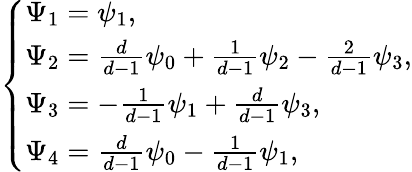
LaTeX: \left\{ \begin{array}{ll}{\Psi_{1}=\psi_{1},}\\ {\Psi_{2}=\frac{d}{d-1}\psi_{0}+\frac{1}{d-1}\psi_{2}-\frac{2}{d-1}\psi_{3},}\\ {\Psi_{3}=-\frac{1}{d-1}\psi_{1}+\frac{d}{d-1}\psi_{3},}\\ {\Psi_{4}=\frac{d}{d-1}\psi_{0}-\frac{1}{d-1}\psi_{1},}\end{array}\right.